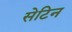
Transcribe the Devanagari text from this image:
सेटिन